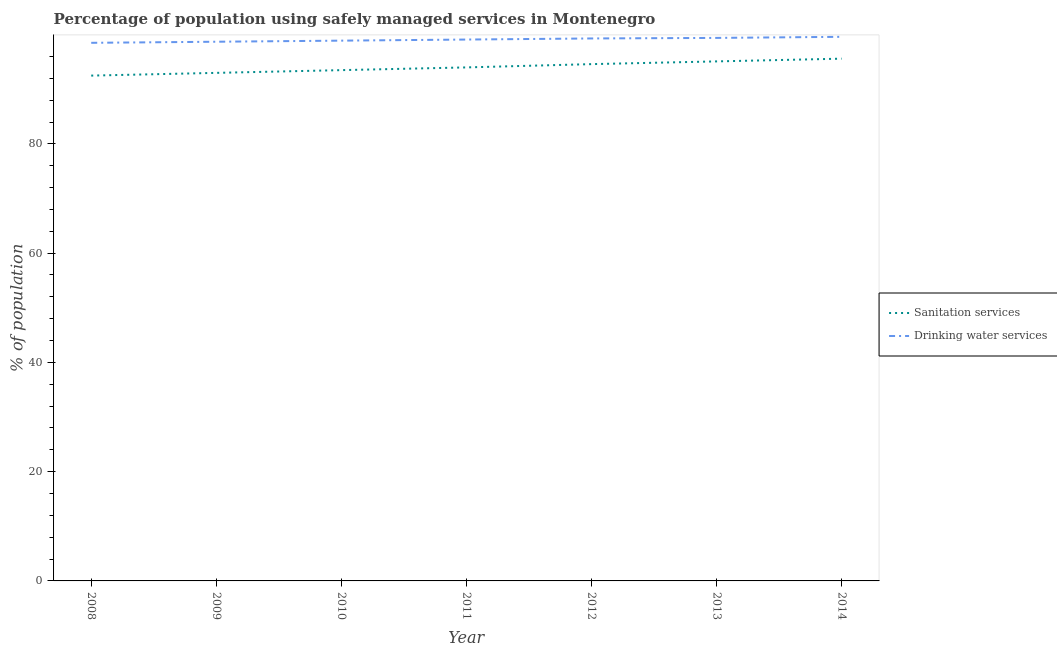
| Year | Sanitation services | Drinking water services |
 | --- | --- | --- |
 | 2008 | 92.5 | 98.5 |
 | 2009 | 93 | 98.7 |
 | 2010 | 93.5 | 98.9 |
 | 2011 | 94 | 99.1 |
 | 2012 | 94.6 | 99.3 |
 | 2013 | 95.1 | 99.4 |
 | 2014 | 95.6 | 99.6 |